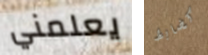
يعلمني كضابط